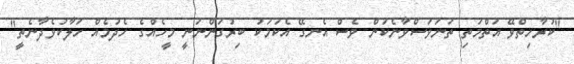
"ކުރާހިތްވޭ އަތްމަތި ތަނަވަސްވާނެކަން ވެސް އެނގޭ އެކަމަކު ބިރުގަންނަނީ މީހެއްގެ ހެދުމެއް ހަލާކުވެދާނެތީ"